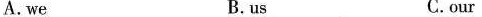
A.we B.us C.our